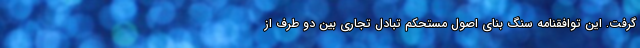
گرفت. این توافقنامه سنگ بنای اصول مستحکم تبادل تجاری بین دو طرف از